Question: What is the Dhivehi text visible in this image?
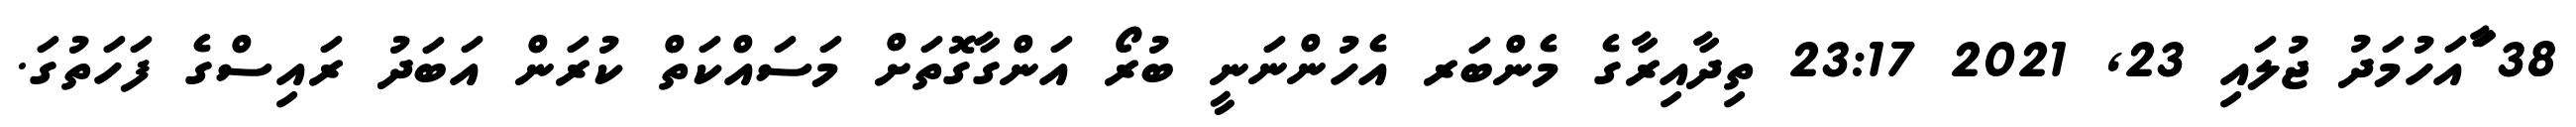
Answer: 38 ާައަހުމަދު ޖުލައި 23, 2021 23:17 ތިދާއިރާގެ މެންބަރ އެހުންނަނީ ބުރޯ އަންގާގޮތަށް މަސައްކަތް ކުރަން އަބަދު ރައިސްގެ ފަހަތުގަ.